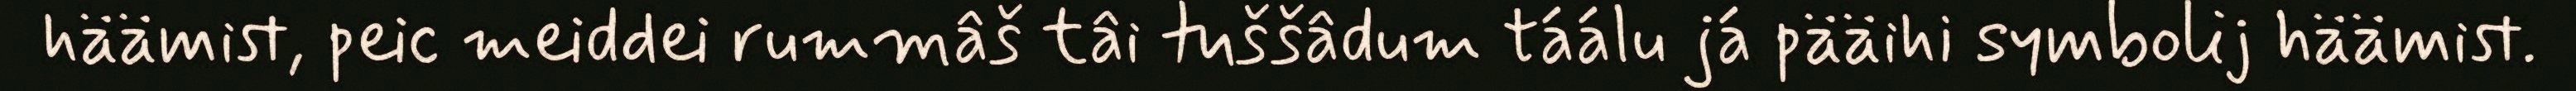
häämist, peic meiddei rummâš tâi tuššâdum táálu já pääihi symbolij häämist.